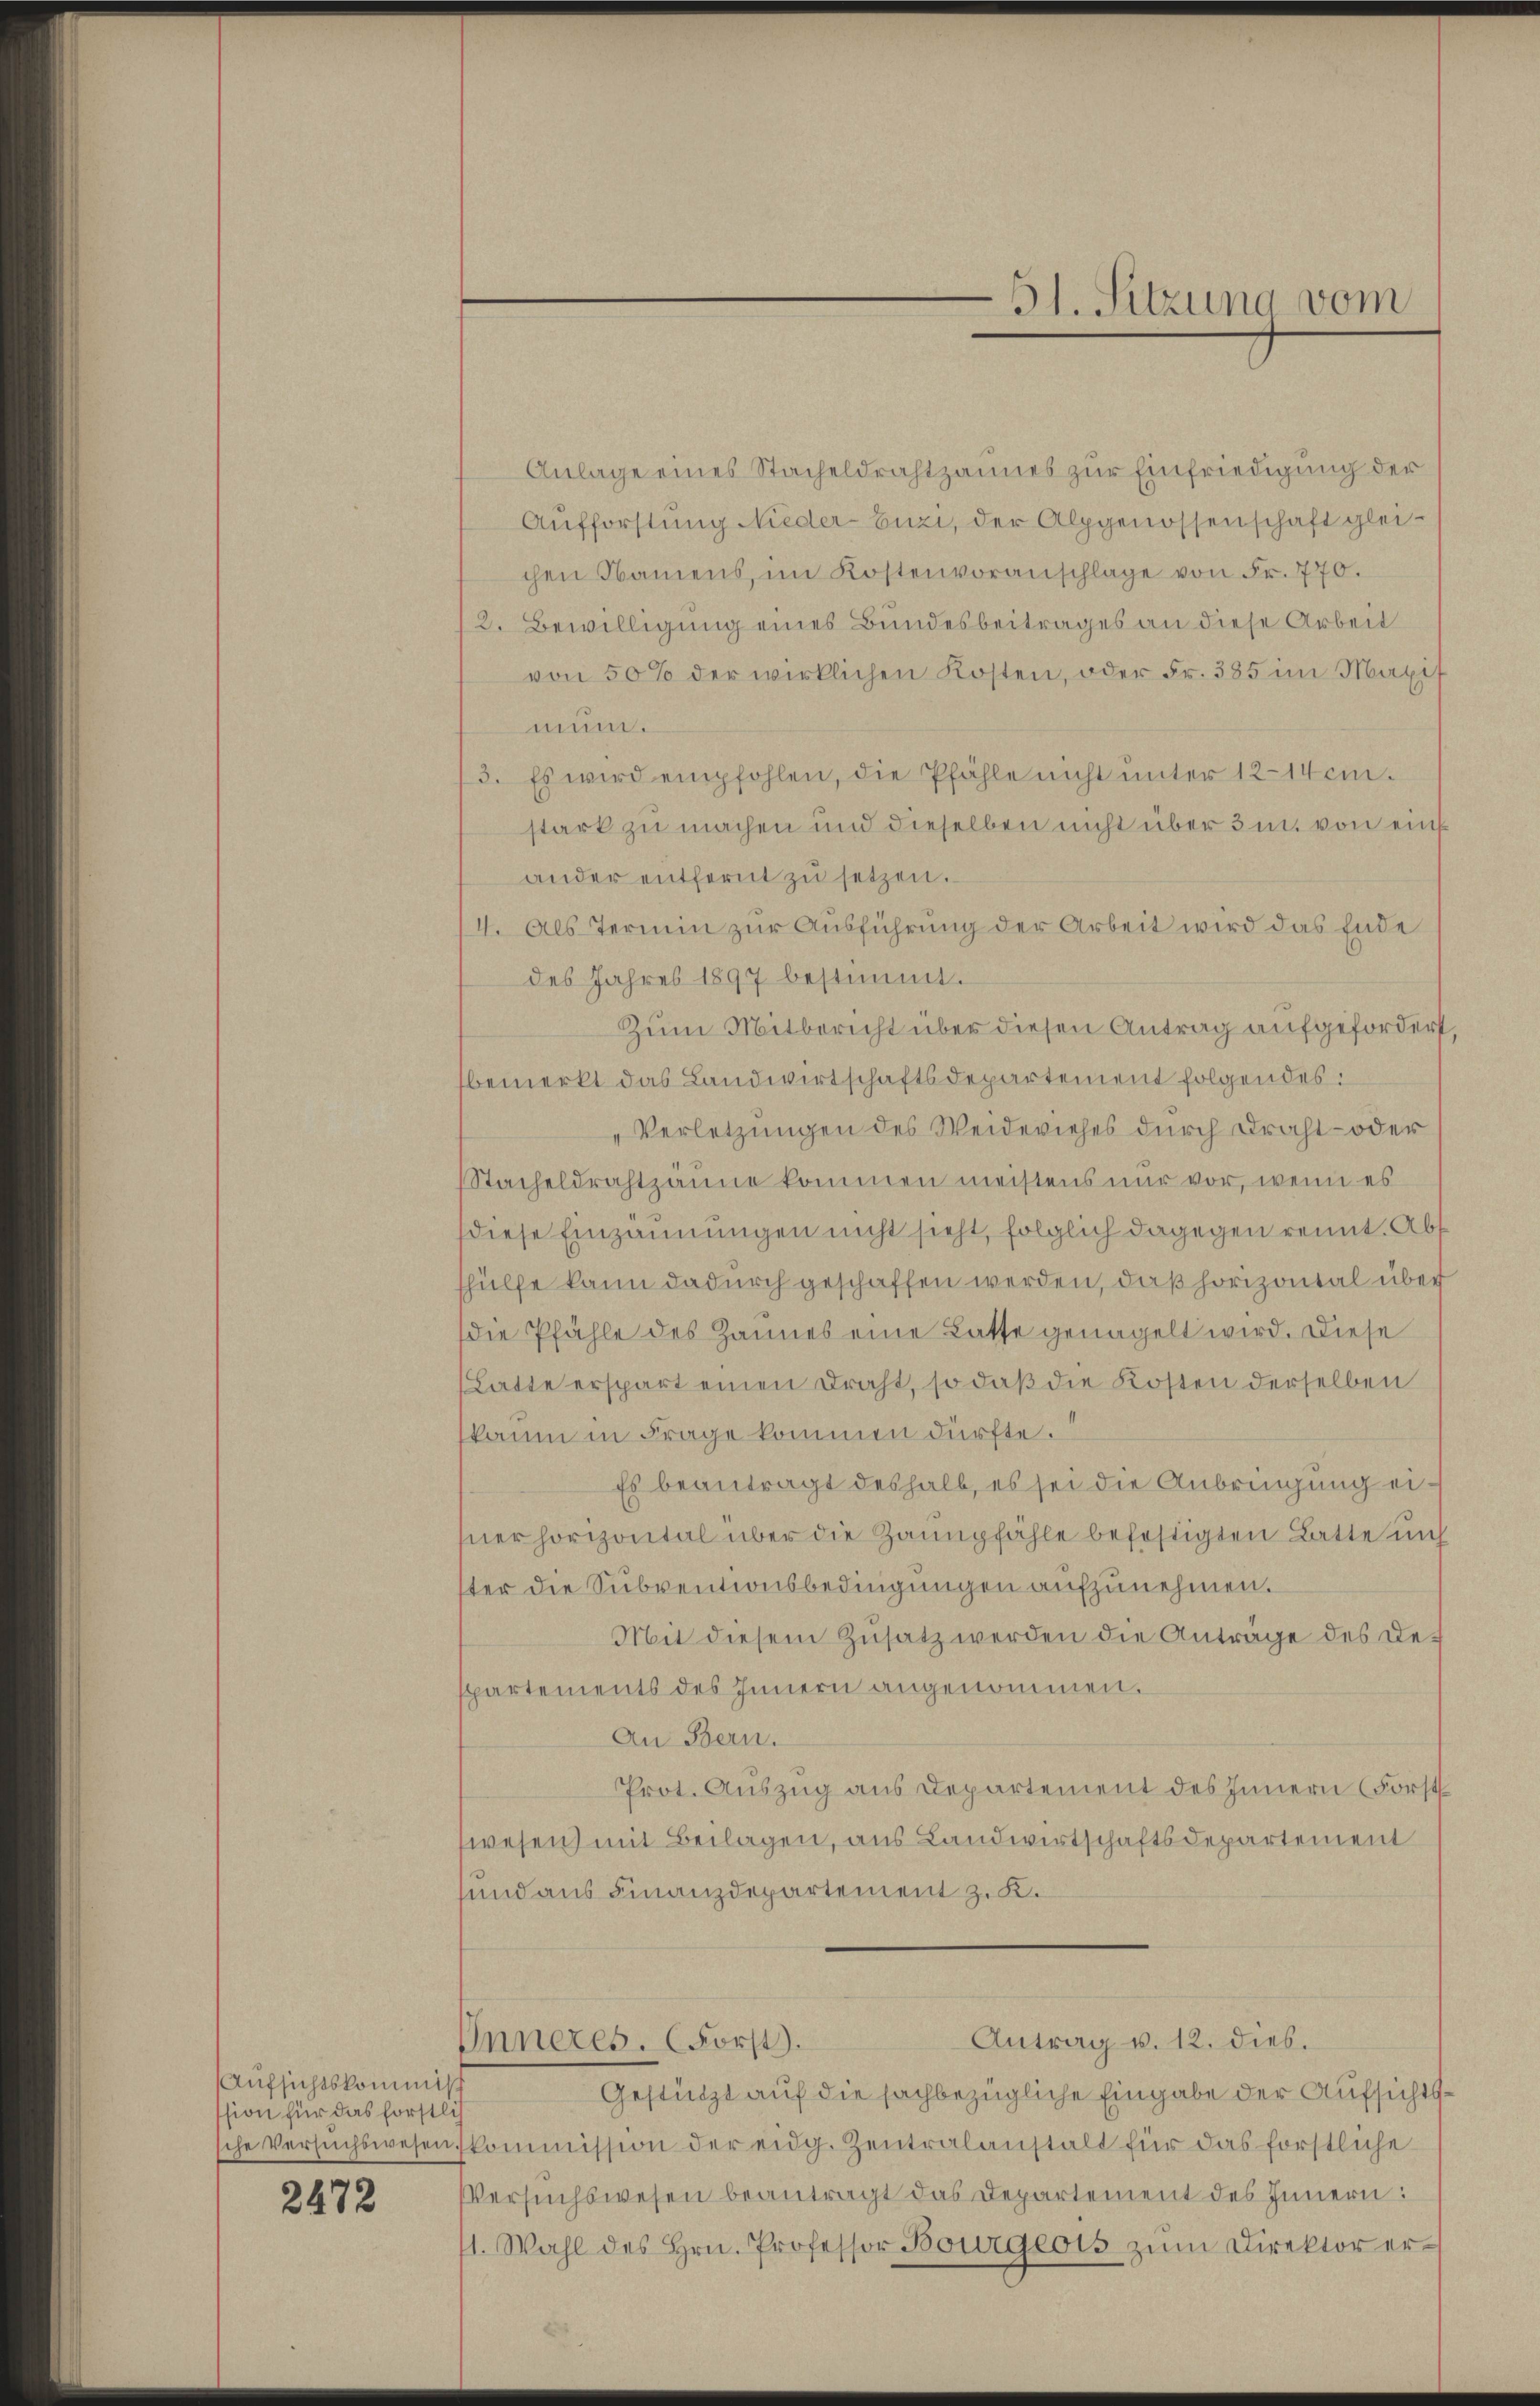
Aufsichtskommiß
ssion für das förstlich
sche Versuchswesen

2472

Anlage eines Stacheldrahtzaumes zur Einfriedigung der
Aufforstung Nieder-Enzi, der Alpgenossenschaft gleichen Namens, im Kostenvoranschlage von Fr. 770.
2. Bewilligung eines Bundesbeitrages an diese Arbeit
von 50% der wirklichen Kosten, oder Fr. 385 im Magis
mun.
3. Es wird empfohlen, die Pfähle nicht unter 12–14 cm.
stark zu machen und dieselben nicht über 3 m von einsander entfernt zŭ setzen.
4. Als Termin zur Ausführung der Arbeit wird das Ende
des Jahres 1897 bestimmt.
Zum Mitbericht über diesen Antrag aufgefordert
bemerkt das Landwirtschaftsdepartement folgendes:
„Verletzungen des Weideviehes durch Draht- oder
Stacheldrahtzange kommen meistens nur vor, wenn es
diese Einzäunungen nicht sieht, folglich dagegen rennt. Abs
hülfe kann dadurch geschaffen werden, daß horizontal über
die Pfähle des Hannes eine Latte genagelt wird. Diese
Batte erspart einen Draht, so daß die Kosten derselben
kaum in Frage kommen dürfte.
Es beantragt deshalb, es sei die Anbringung einer horizontal über die Zaunpfähle befestigten Latte uns
ter die Subventionsbedingungen aufzunehmen.
Mit diesem Zusatz werden die Anträge des De-
partements des Innern angenommen.
An Bern.
Prot. Auszug aus Departement des Innern (Forst
wesen mit Beilagen, aus Landwirtschaftsdepartement
und aus Finanzdepartement z. K.

Inneres. Forst).

51. Sitzung vom

Antrag v. 12. dies.

Gestützt auf die sachbezügliche Eingabe der Aufsichtsskommission der eidg. Zentralanstalt für das förstliche
Versuchswesen beantragt das Departement des Innern:
1. Wahl des Hrn. Professor Bourgeois zŭm Direktor er¬